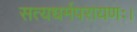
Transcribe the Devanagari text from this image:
सत्यधर्मपरायणः।